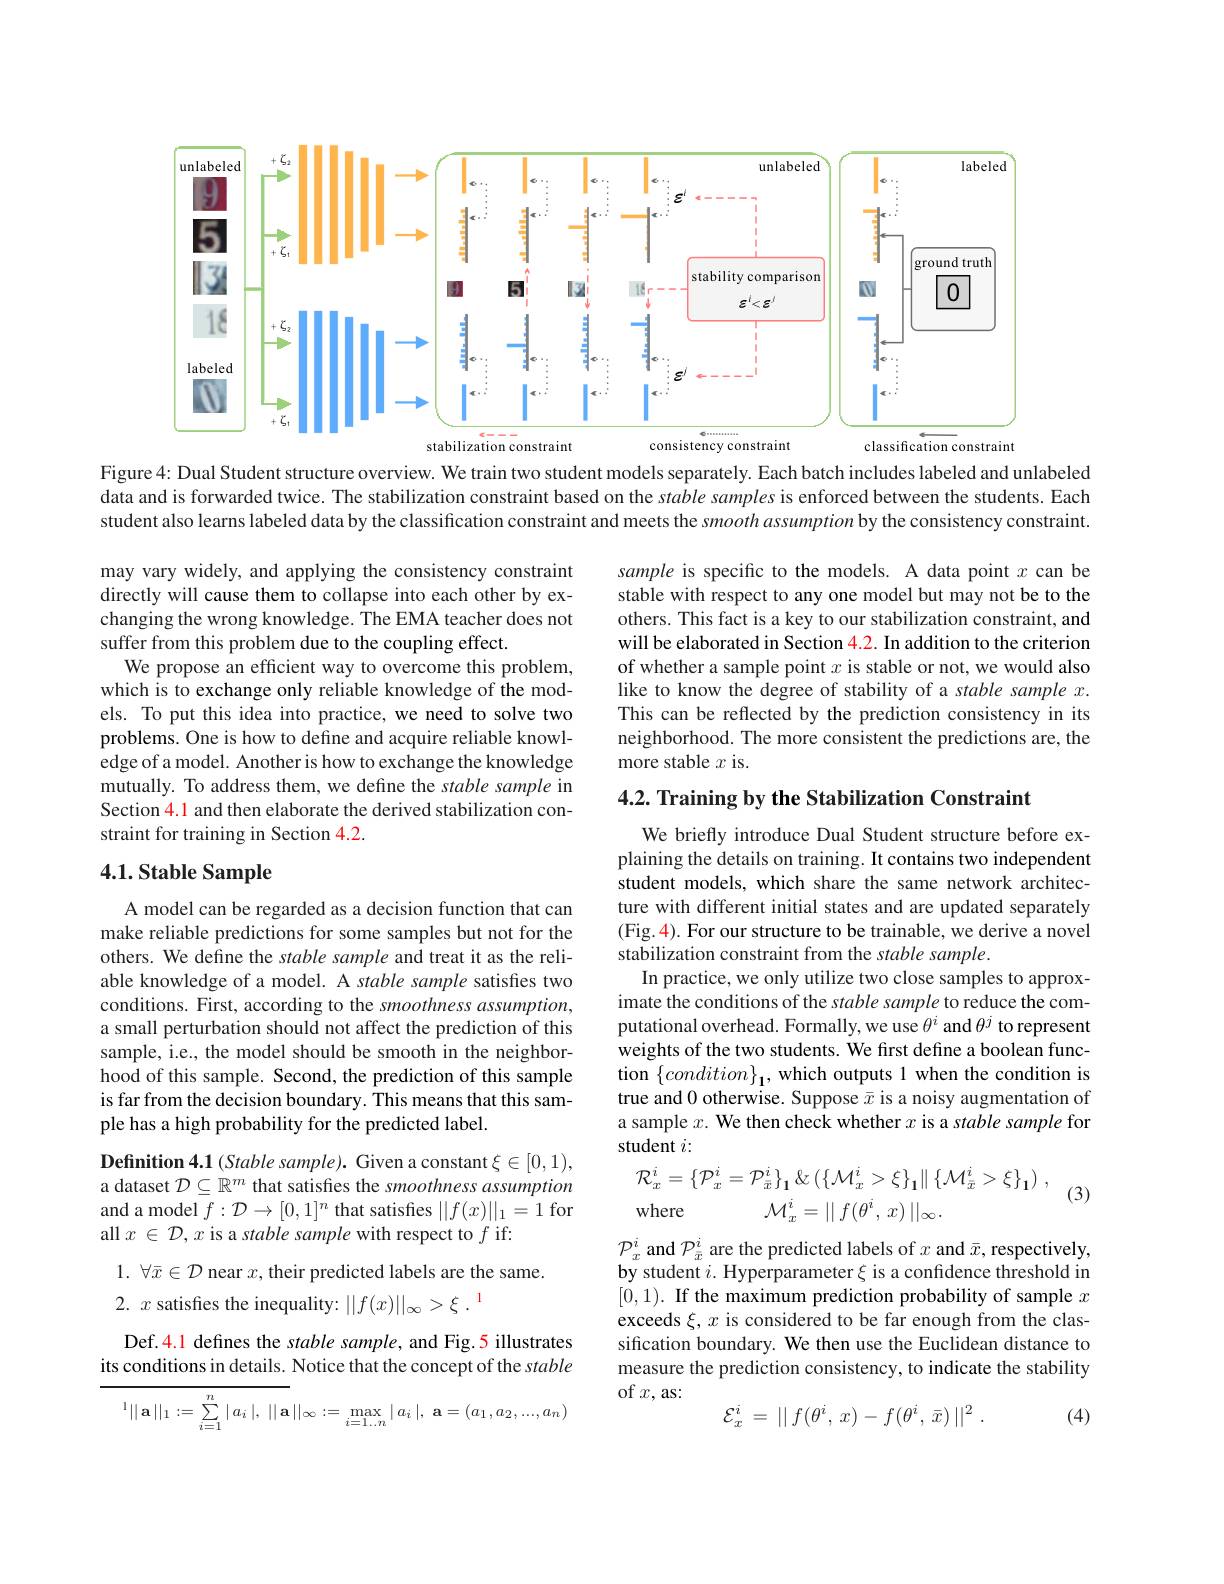
<FigureHere>
Figure 4: Dual Student structure overview. We train two student models separately. Each batch includes labeled and unlabeled

data and is forwarded twice. The stabilization constraint based on the stable samples is enforced between the students. Each student also learns labeled data by the classification constraint and meets the smooth assumption by the consistency constraint

sample is specific to the models. A data point $x$ can be stable with respect to any one model but may not be to the others. This fact is a key to our stabilization constraint, and will be elaborated in Section 4.2. In addition to the criterion of whether a sample point $x$ is stable or not, we would also like to know the degree of stability of a stable sample $x.$ This can be reflected by the prediction consistency in its neighborhood. The more consistent the predictions are, the more stable $x$ is.

may vary widely, and applying the consistency constraint directly will cause them to collapse into each other by exchanging the wrong knowledge. The EMA teacher does not suffer from this problem due to the coupling effect.
We propose an efficient way to overcome this problem, which is to exchange only reliable knowledge of the models. To put this idea into practice, we need to solve two problems. One is how to define and acquire reliable knowledge of a model. Another is how to exchange the knowledge mutually. To address them, we define the stable sample in Section 4.1 and then elaborate the derived stabilization constraint for training in Section 4.2.

4.2. Training by the Stabilization Constraint

## 4.1. Stable Sample

We briefly introduce Dual Student structure before explaining the details on training. It contains two independent student models, which share the same network architecture with different initial states and are updated separately (Fig.4). For our structure to be trainable, we derive a novel stabilization constraint from the stable sample.
In practice, we only utilize two close samples to approximate the conditions of the stable sample to reduce the computational overhead. Formally, we use $\theta^i$ and $\theta^j$ to represent weights of the two students. We first define a boolean function $\{condition\}_{1}$, which outputs 1 when the condition is true and 0 otherwise. Suppose $\bar{x}$ is a noisy augmentation of a sample $x.$ We then check whether $x$ is a stable sample for student $i:$
$$\begin{aligned}&\mathcal{R}_{x}^{i}=\{\mathcal{P}_{x}^{i}=\mathcal{P}_{\bar{x}}^{i}\}_{\mathbf{1}}\&\:(\{\mathcal{M}_{x}^{i}>\xi\}_{\mathbf{1}}\|\:\{\mathcal{M}_{\bar{x}}^{i}>\xi\}_{\mathbf{1}})\:,\\&\mathrm{where}\quad\mathcal{M}_{x}^{i}=||f(\theta^{i},\:x)\:||_{\infty}.\end{aligned}$$
A model can be regarded as a decision function that can make reliable predictions for some samples but not for the others. We define the stable sample and treat it as the reliable knowledge of a model. A stable sample satisfies two conditions. First, according to the smoothness assumption, a small perturbation should not affect the prediction of this sample, i.e., the model should be smooth in the neighborhood of this sample. Second, the prediction of this sample is far from the decision boundary. This means that this sample has a high probability for the predicted label.

(3)

Definition 4.1 (Stable sample). Given a constant $\xi\in[0,1)$, a dataset $\mathcal{D}\subseteq\mathbb{R}^m$ that satisfies the smoothness assumption and a model $f:\mathcal{D}\to[0,1]^n$ that satisfies $||f(x)||_1=1$ for all $x\in\mathcal{D},x$ is a stable sample with respect to $f$ if:

1. $\forall \bar{x} \in \mathcal{D}$ near $x$,their predicted labels are the same.

2. $x$ satisfies the inequality: $| | f( x) | | _\infty > \xi$ $. ^{1}$

$\mathcal{P}_x^i$ and $\mathcal{P}_\bar{x}^i$ are the predicted labels of $x$ and $\bar{x}$, respectively, by student $i.$ Hyperparameter $\xi$ is a confidence threshold in [0,1). If the maximum prediction probability of sample $x$ exceeds $\xi,x$ is considered to be far enough from the classification boundary. We then use the Euclidean distance to measure the prediction consistency, to indicate the stability of$x$,as:
$$\mathcal{E}_{x}^{i}\:=\:||\:f(\theta^{i},\:x)-f(\theta^{i},\:\bar{x})\:||^{2}\:.$$
Def.4.1 defines the stable sample, and Fig.5 illustrates its conditions in details. Notice that the concept of the stable
$$\overline{^1||\:\mathbf{a}\:||_1:=\sum\limits_{i=1}^n|\:a_i\:|,\:||\:\mathbf{a}}\:||_\infty:=\max\limits_{i=1...n}\:|\:a_i\:|,\:\mathbf{a}=(a_1,a_2,...,a_n)$$
(4)